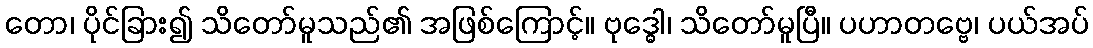
တော၊ ပိုင်ခြား၍ သိတော်မူသည်၏ အဖြစ်ကြောင့်။ ဗုဒ္ဓေါ၊ သိတော်မူပြီ။ ပဟာတဗ္ဗေ၊ ပယ်အပ်